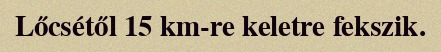
Lőcsétől 15 km-re keletre fekszik.